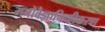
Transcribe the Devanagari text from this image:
मनोवैज्ञानिकीकरण